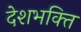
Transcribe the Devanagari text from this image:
देशभक्‍ित